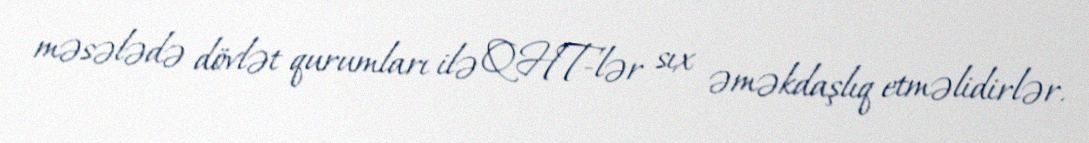
məsələdə dövlət qurumları ilə QHT-lər sıx əməkdaşlıq etməlidirlər.